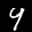
Label: 4